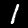
Digit: 1